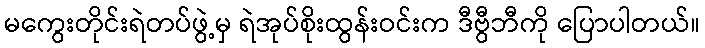
မကွေးတိုင်းရဲတပ်ဖွဲ့မှ ရဲအုပ်စိုးထွန်းဝင်းက ဒီဗွီဘီကို ပြောပါတယ်။